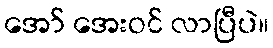
အော် အေးဝင် လာပြီပဲ။